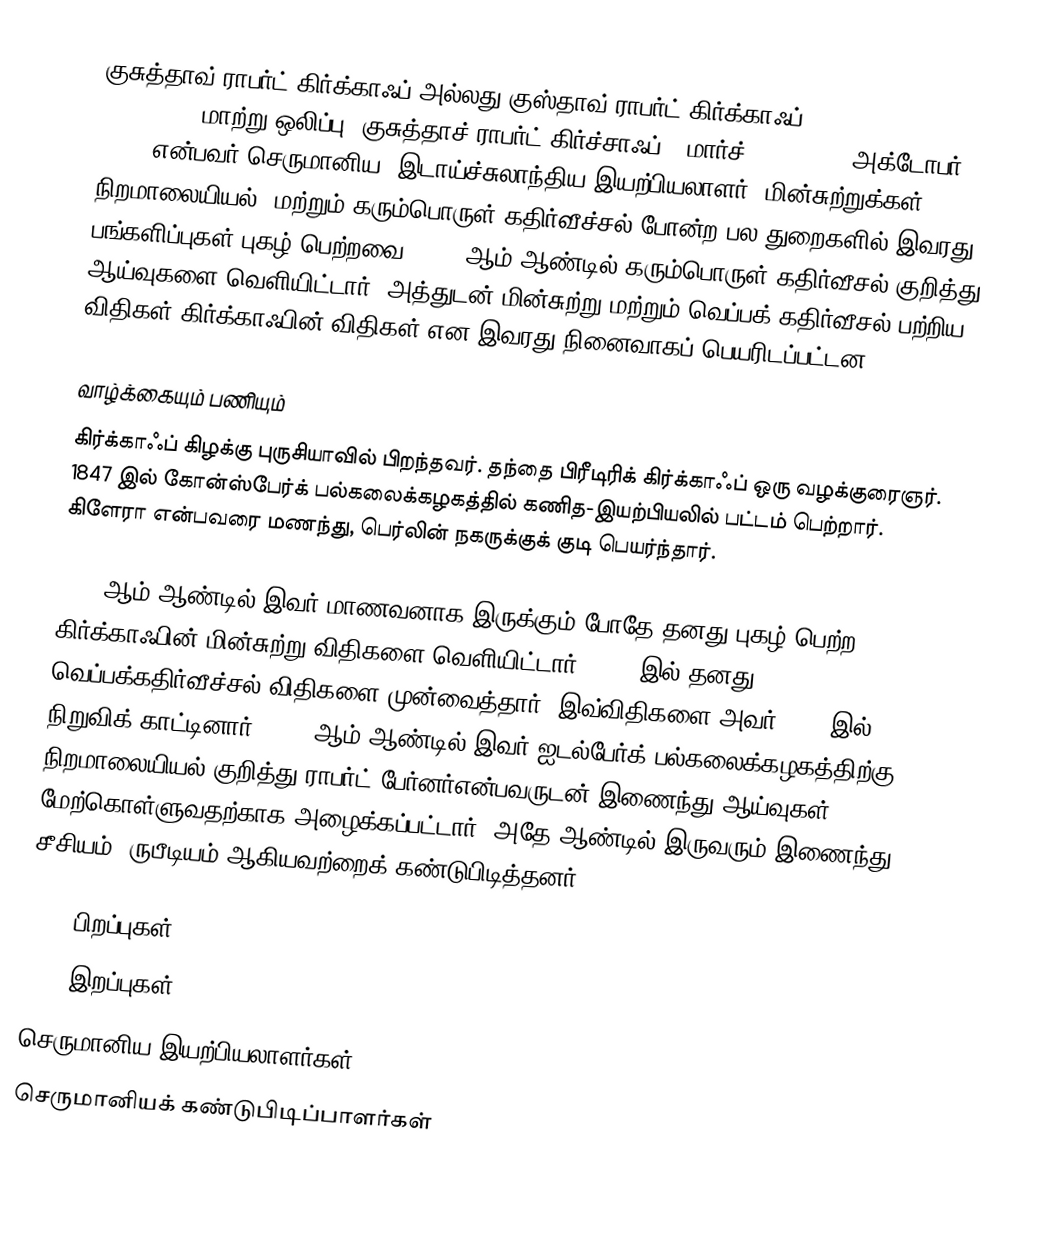
குசுத்தாவ் ராபர்ட் கிர்க்காஃப் அல்லது குஸ்தாவ் ராபர்ட் கிர்க்காஃப் (Gustav Robert Kirchhoff (மாற்று ஒலிப்பு: குசுத்தாச் ராபர்ட் கிர்ச்சாஃப்), மார்ச் 12, 1824 - அக்டோபர் 17, 1887) என்பவர் செருமானிய (இடாய்ச்சுலாந்திய)இயற்பியலாளர். மின்சுற்றுக்கள், நிறமாலையியல், மற்றும் கரும்பொருள் கதிர்வீச்சல் போன்ற பல துறைகளில் இவரது பங்களிப்புகள் புகழ் பெற்றவை. 1862 ஆம் ஆண்டில் கரும்பொருள் கதிர்வீசல் குறித்து ஆய்வுகளை வெளியிட்டார். அத்துடன் மின்சுற்று மற்றும் வெப்பக் கதிர்வீசல் பற்றிய விதிகள் கிர்க்காஃபின் விதிகள் என இவரது நினைவாகப் பெயரிடப்பட்டன.

வாழ்க்கையும் பணியும்
கிர்க்காஃப் கிழக்கு புருசியாவில் பிறந்தவர். தந்தை பிரீடிரிக் கிர்க்காஃப் ஒரு வழக்குரைஞர். 1847 இல் கோன்ஸ்பேர்க் பல்கலைக்கழகத்தில் கணித-இயற்பியலில் பட்டம் பெற்றார். கிளேரா என்பவரை மணந்து, பெர்லின் நகருக்குக் குடி பெயர்ந்தார்.

1845 ஆம் ஆண்டில் இவர் மாணவனாக இருக்கும் போதே தனது புகழ் பெற்ற கிர்க்காஃபின் மின்சுற்று விதிகளை வெளியிட்டார். 1859 இல் தனது வெப்பக்கதிர்வீச்சல் விதிகளை முன்வைத்தார். இவ்விதிகளை அவர் 1861 இல் நிறுவிக் காட்டினார். 1854 ஆம் ஆண்டில் இவர் ஐடல்பேர்க் பல்கலைக்கழகத்திற்கு நிறமாலையியல் குறித்து ராபர்ட் பேர்னர்என்பவருடன் இணைந்து ஆய்வுகள் மேற்கொள்ளுவதற்காக அழைக்கப்பட்டார். அதே ஆண்டில் இருவரும் இணைந்து சீசியம், ருபீடியம் ஆகியவற்றைக் கண்டுபிடித்தனர்.

1824 பிறப்புகள்
1887 இறப்புகள்
செருமானிய இயற்பியலாளர்கள்
செருமானியக் கண்டுபிடிப்பாளர்கள்